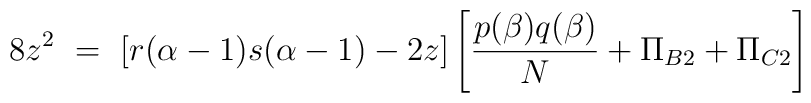
8 z^2 ~=~ [r(\alpha-1) s(\alpha-1) - 2z] \left[ \frac{p(\beta)q(\beta)}{N}+ \Pi_{B2} + \Pi_{C2} \right]